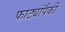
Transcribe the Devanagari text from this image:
फाट्यांपैकी